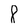
Character: 8